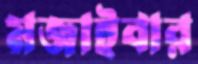
মজাইবার